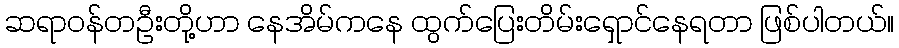
ဆရာဝန်တဦးတို့ဟာ နေအိမ်ကနေ ထွက်ပြေးတိမ်းရှောင်နေရတာ ဖြစ်ပါတယ်။